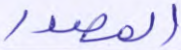
المصدر